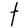
Character: t